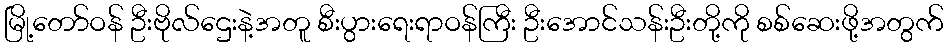
မြို့တော်ဝန် ဦးဗိုလ်ဌေးနဲ့အတူ စီးပွားရေးရာဝန်ကြီး ဦးအောင်သန်းဦးတို့ကို စစ်ဆေးဖို့အတွက်